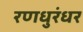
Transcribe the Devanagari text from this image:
रणधुरंधर